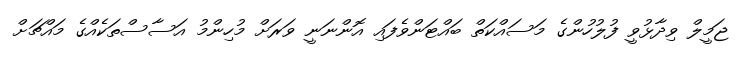
ޖަމީލް ވިދާޅުވީ ފުލުހުންގެ މަސައްކަތް ބައްޓަންވެފައި އޮންނަނީ ވަރަށް މުހިންމު އަސާސްތަކެއްގެ މައްޗަށް